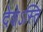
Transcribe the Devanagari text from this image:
देशेऽस्ति